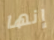
إنها